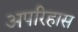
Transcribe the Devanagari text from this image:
अपरिहास